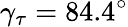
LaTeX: \gamma_{\tau}=84.4^{\circ}